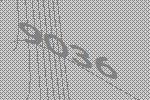
9036